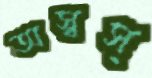
অস্বস্